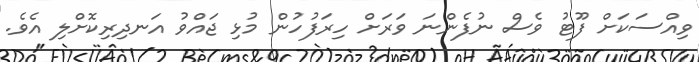
ވިއްސަކަށް ފޫޓު ވެސް ނުފެންނަ ވަރަށް ހިރަފުހުން މުޅި ޖައްވު އަނދިރިކޮށްލި އެވެ.